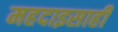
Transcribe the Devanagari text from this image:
महदाइसाही